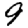
Digit: 9